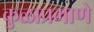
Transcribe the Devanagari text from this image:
कुळाप्रमाणे